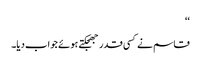
‘‘
قاسم نے کسی قدر جھجکتے ہوئے جواب دیا۔